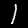
Label: 1